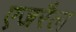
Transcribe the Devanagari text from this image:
एजरैल